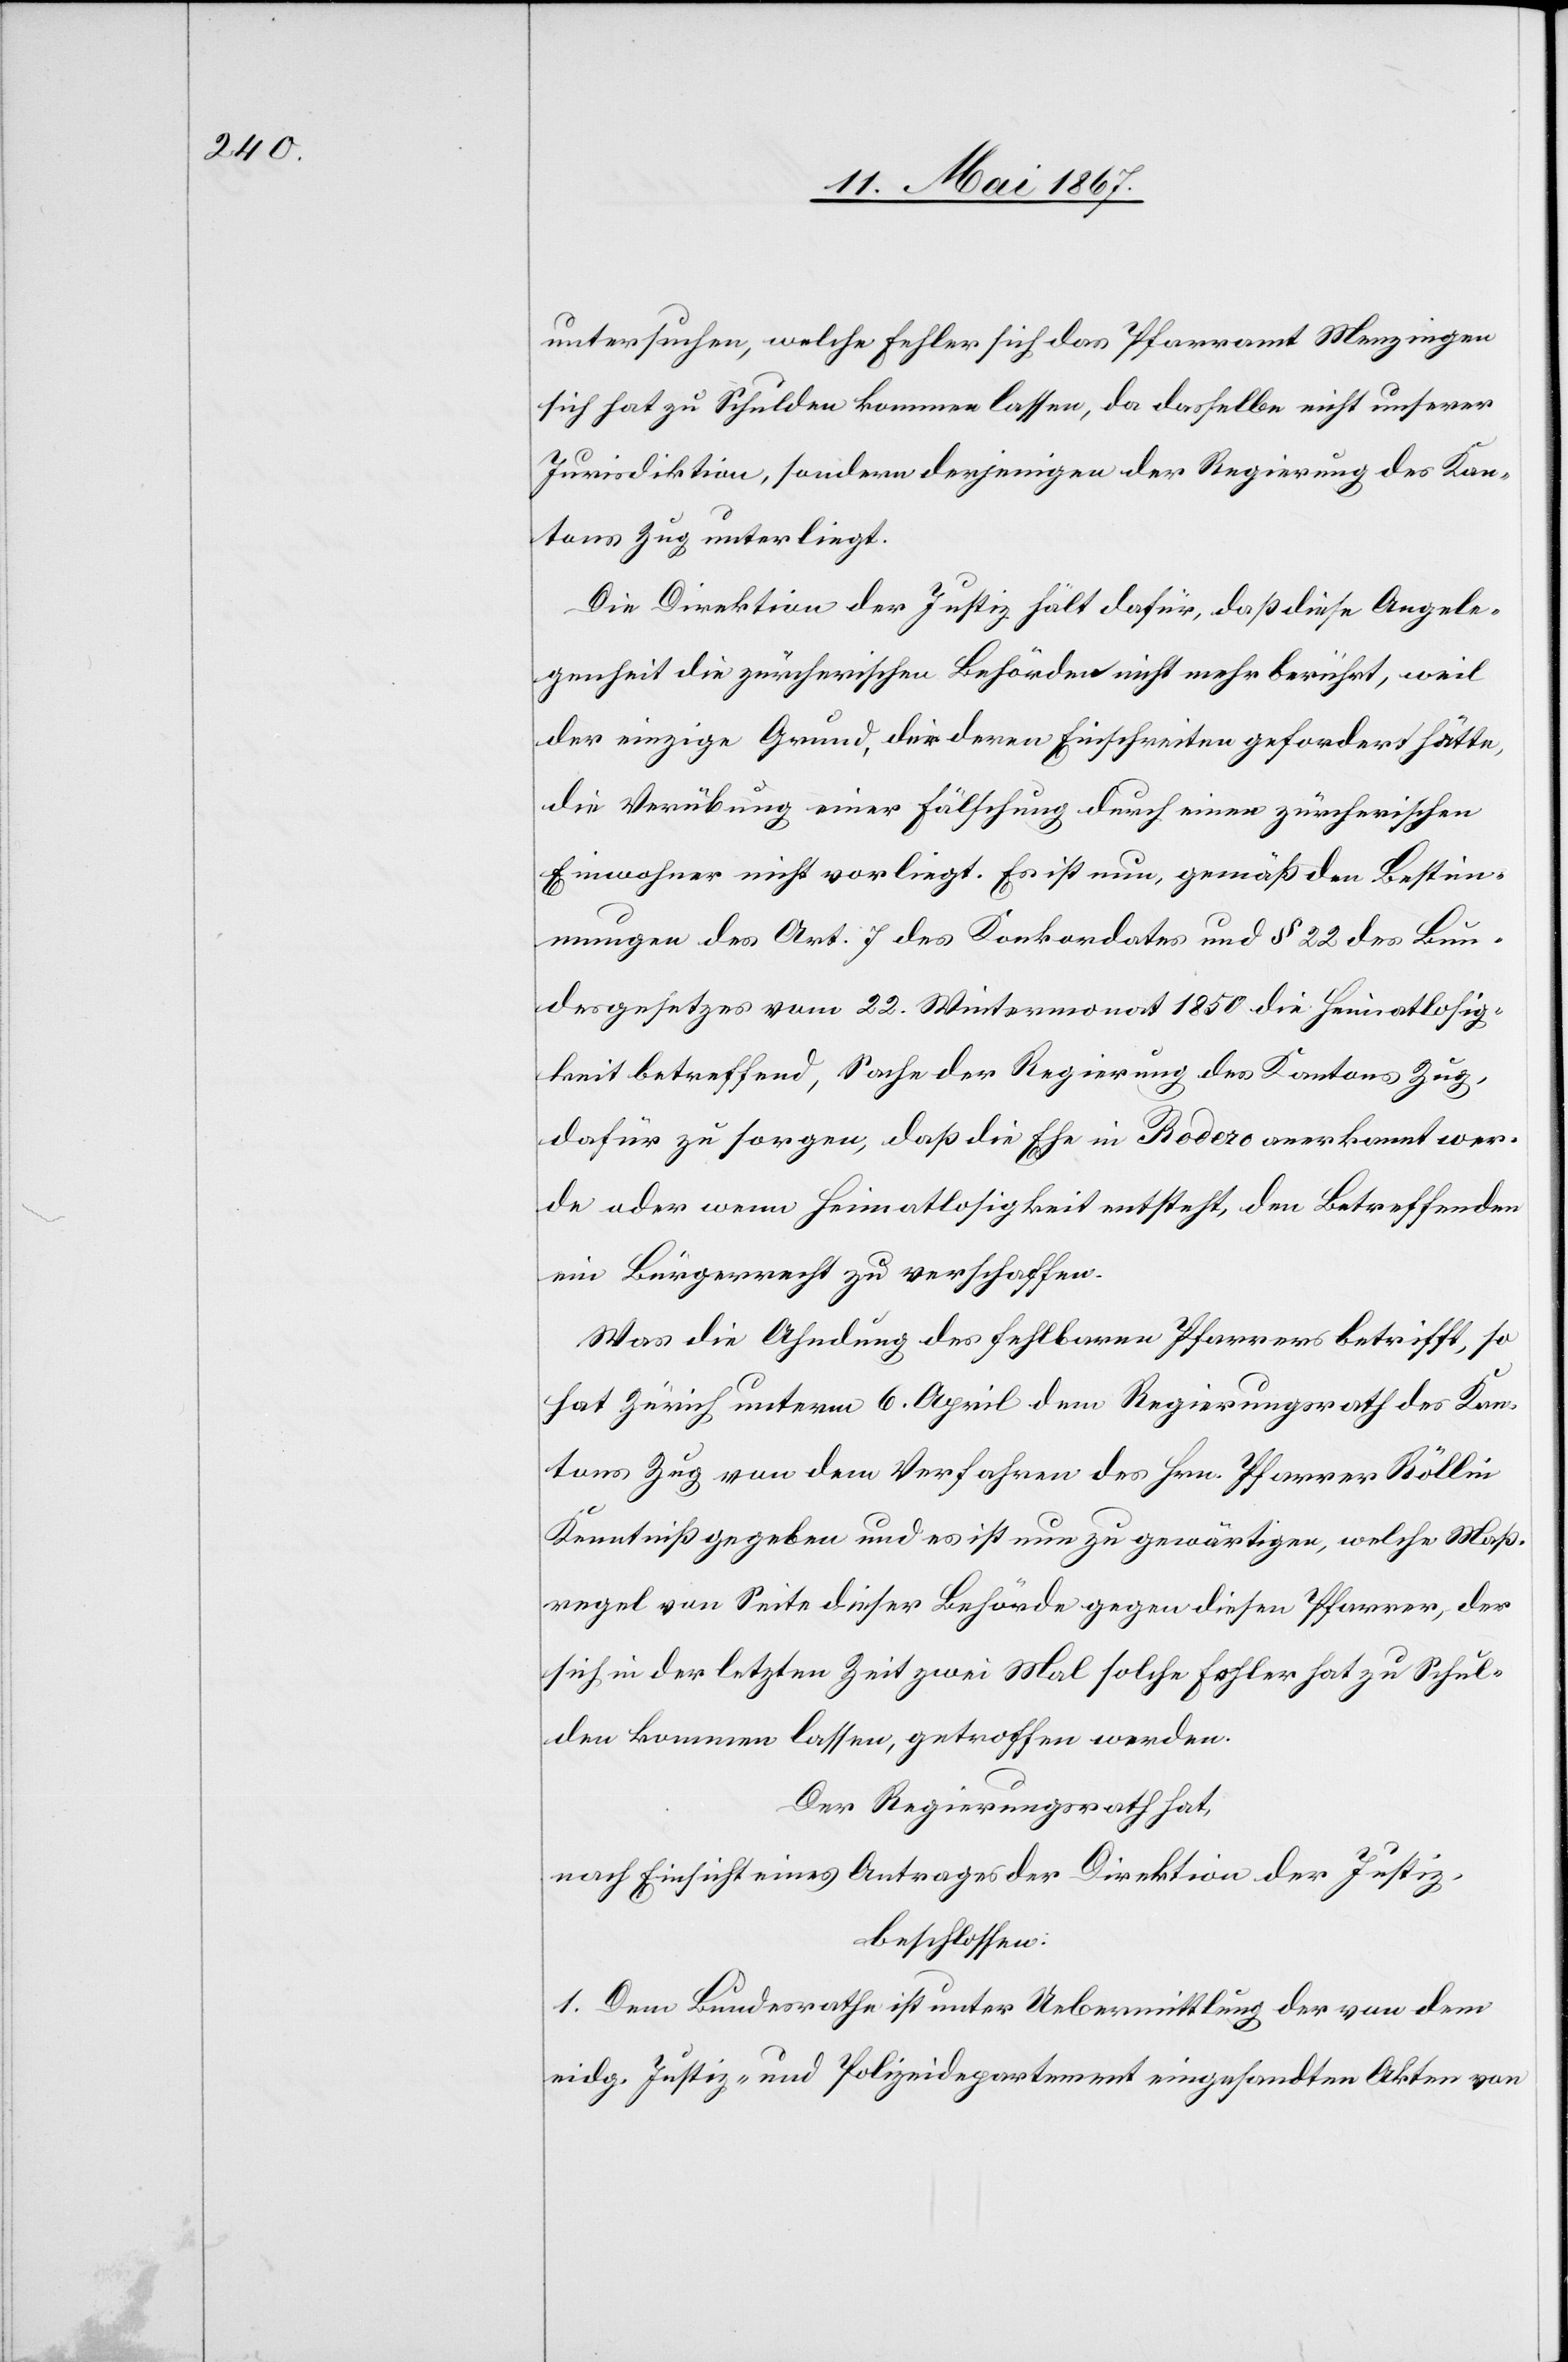
untersuchen, welche Fehler sich das Pfarramt Menzingen
[sic!] hat zu Schulden kommen lassen, da dasselbe nicht unserer
Jurisdiktion, sondern derjenigen der Regierung des Kan¬
tons Zug unterliegt.
Die Direktion der Justiz hält dafür, daß diese Angele¬
genheit die zürcherischen Behörden nicht mehr berührt, weil
der einzige Grund, die deren Einschreiten gefordert hätte,
die Verübung einer Fälschung durch einen zürcherischen
Einwohner nicht vorliegt. Es ist nun, gemäß den Bestim¬
mungen des Art. 7 des Konkordates und § 22 des Bun¬
desgesetzes vom 22. Wintermonat 1850 die Heimatlosig¬
keit betreffend, Sache der Regierung des Kantons Zug,
dafür zu sorgen, daß die Ehe in Rodero anerkannt wer¬
de oder wenn Heimatlosigkeit entsteht, den Betreffenden
ein Bürgerrecht zu verschaffen.
Was die Ahndung des fehlbaren Pfarrers betrifft, so
hat Zürich unterm 6. April dem Regierungsrath des Kan¬
tons Zug von dem Verfahren des Hrn. Pfarrer Röllin
Kenntniß gegeben und es ist nur zu gewärtigen, welche Maß¬
regel von Seite dieser Behörde gegen diesen Pfarrer, der
sich in der letzten Zeit zwei Mal solche Fehler hat zu Schul¬
den kommen lassen, getroffen werden.
Der Regierungsrath hat,
nach Einsicht eines Antrages der Direktion der Justiz,
beschlossen:
1. Dem Bundesrathe ist unter Uebermittlung der von dem
eidg. Justiz- und Polizeidepartement eingesandten Akten von